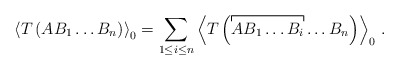
\begin{align*}{{\left\langle T\left( A{{B}_{1}}\ldots {{B}_{n}}\right) \right\rangle }_{0}}=\sum\limits_{1\leq i\leq n}{{{\left\langle T\left( \overbracket[0.5pt]{AB_{1}\ldots B_{i}}\ldots {{B}_{n}}\right) \right\rangle }_{0}}}\,\,.\end{align*}